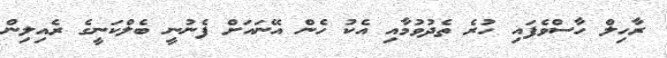
ރާހިލް ހާސްވެފައި ހުރެ ތެދުވުމާއި އެކު ހެން އޭނައަށް ފެނުނީ ބެލްކަނީގެ ރެއިލިން